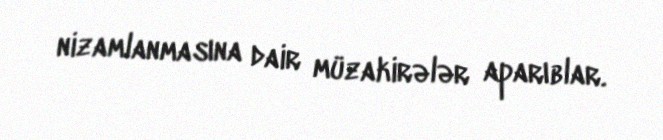
nizamlanmasına dair müzakirələr aparıblar.